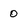
Character: 0